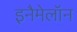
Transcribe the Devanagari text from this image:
इनैमेलॉन